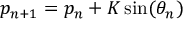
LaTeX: p _ { n + 1 } = p _ { n } + K \sin ( \theta _ { n } )